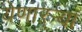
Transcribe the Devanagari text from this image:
येणाऱ्र्‍या